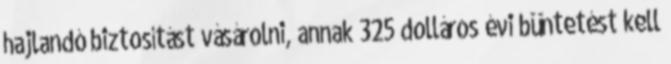
hajlandó biztosítást vásárolni, annak 325 dolláros évi büntetést kell